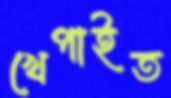
খেপাইত